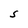
Character: S